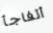
أتفاجأ